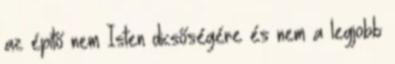
az építő nem Isten dicsőségére és nem a legjobb